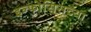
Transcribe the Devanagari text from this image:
इन्फोसिसच्या